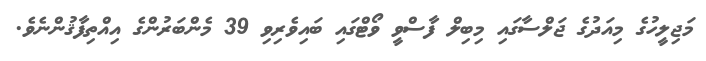
މަޖިލީހުގެ މިއަދުގެ ޖަލްސާގައި މިބިލް ފާސްވީ ވޯޓްގައި ބައިވެރިވި 39 މެންބަރުންގެ އިއްތިފާޤުންނެވެ.